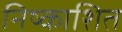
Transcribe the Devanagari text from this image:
निष्काशित